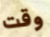
وقت